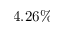
4 . 2 6 \%